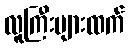
လူကြီးများထက်